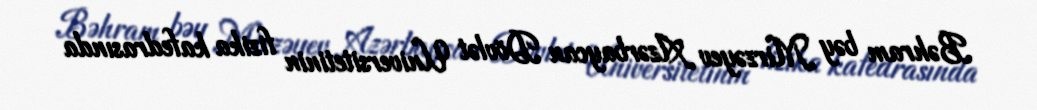
Bəhram bəy Mirzəyev Azərbaycan Dövlət Universitetinin fizika kafedrasında